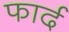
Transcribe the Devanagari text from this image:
फार्द